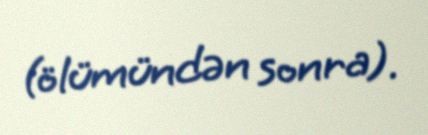
(ölümündən sonra).